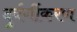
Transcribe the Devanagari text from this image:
दुर्वर्गीकरण